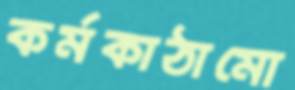
কর্মকাঠামো